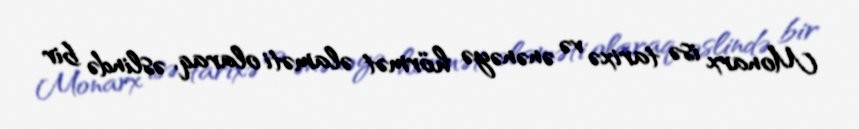
Monarx isə tarixə və ənənəyə hörmət əlaməti olaraq, əslində bir